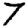
Digit: 7